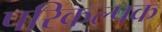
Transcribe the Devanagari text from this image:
परिकल्पक